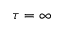
\tau = \infty